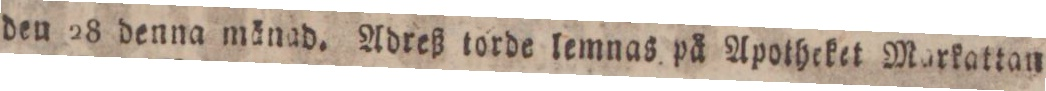
den 28 denna mänad. Adreß torde lemnas på Apotheket Markattan